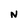
Character: N